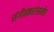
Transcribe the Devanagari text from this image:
संगीतकारांसमोर